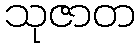
သုဇာတ